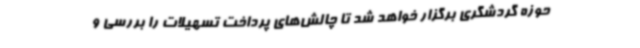
حوزه گردشگری برگزار خواهد شد تا چالش‌های پرداخت تسهیلات را بررسی و